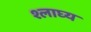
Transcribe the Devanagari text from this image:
श्लाघ्य